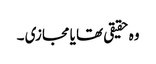
وہ حقیقی تھا یا مجازی ۔